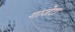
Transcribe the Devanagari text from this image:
गाजेटा